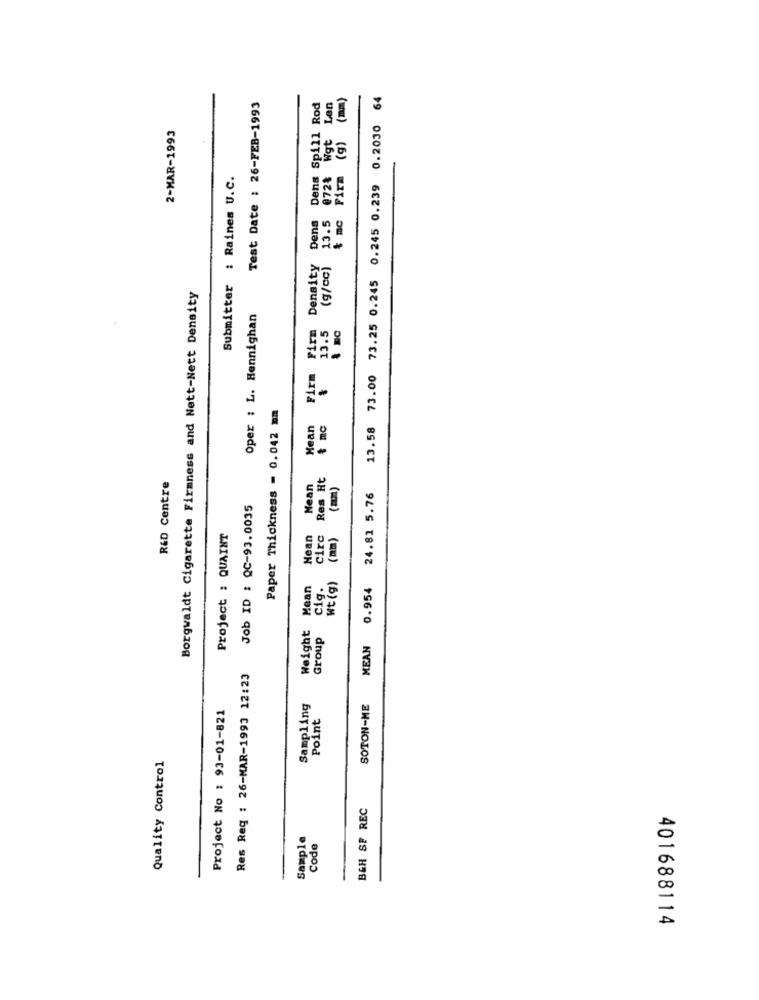
Len
(g) (mm)
13.58 73.00 73.25 0.245 0.245 0.239 0.2030 64
Test Date : 26-FEB-1993
Dens Spill Rod
2-MAR-1993
Submitter : Raines U.C.
@72%
Firm
Dens
13.5
$ mc
Density
(9/00)
Borgwaldt Cigarette Firmness and Nett-Nett Density
Oper : L. Hennighan
Firm Firm
13.5
& mC
Paper Thickness = 0.042 mm
Mean
Circ Res Ht
R&D Centre
Mean
24.81 5.76
Job ID : QC-93.0035
Project : QUAINT
Hean
(mm)
Weight Mean
Cig.
Wt (g)
MEAN 0.954
Group
Res Reg : 26-MAR-1993 12:23
Project No : 93-01-821
Sampling
SOTON-ME
Point
Quality Control
B&H SP REC
Sample
Code
401688114